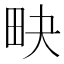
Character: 𤰮